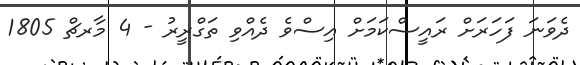
ދެވަނަ ފަހަރަށް ރައީސްކަމަށް އިސްވެ ދެއްވި ތަގްރީރު - 4 މާރޗް 1805